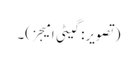
(تصویر: گیٹی امیجز)۔